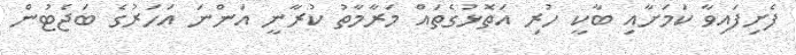
ފެށިފައިވާ ކަމަށާއި ބާކީ ހުރި އަތޮޅުގެތައް މަރާމާތު ކުރާނީ އަންނަ އަހަރުގެ ބަޖެޓުން